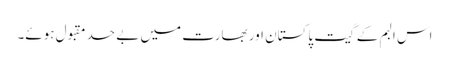
اس البم کے گیت پاکستان اور بھارت میں بے حد مقبول ہوئے۔